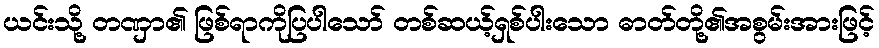
ယင်းသို့ တဏှာ၏ ဖြစ်ရာကိုပြပါသော် တစ်ဆယ့်ရှစ်ပါးသော ဓာတ်တို့၏အစွမ်းအားဖြင့်